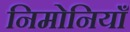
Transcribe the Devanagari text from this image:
निमोनियाँ